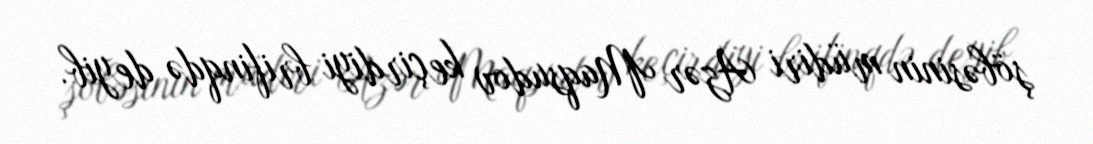
şöbəsinin müdiri Azər Maqsudov keçirdiyi brifinqdə deyib.